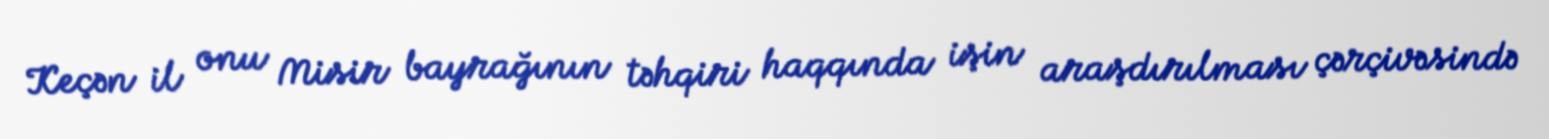
Keçən il onu Misir bayrağının təhqiri haqqında işin araşdırılması çərçivəsində